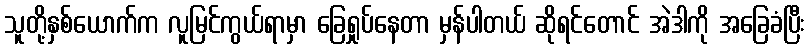
သူတို့နှစ်ယောက်က လူမြင်ကွယ်ရာမှာ ခြေရှုပ်နေတာ မှန်ပါတယ် ဆိုရင်တောင် အဲဒါကို အခြေခံပြီး